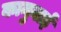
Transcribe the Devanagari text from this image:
कानुबाई